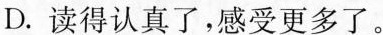
D.读得认真了，感受更多了。